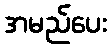
အမည်ပေး